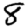
Digit: 8